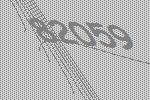
82059